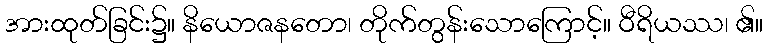
အားထုတ်ခြင်း၌။ နိယောဇနတော၊ တိုက်တွန်းသောကြောင့်။ ဝီရိယဿ၊ ၏။